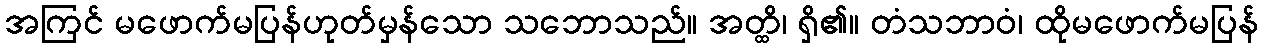
အကြင် မဖောက်မပြန်ဟုတ်မှန်သော သဘောသည်။ အတ္ထိ၊ ရှိ၏။ တံသဘာဝံ၊ ထိုမဖောက်မပြန်